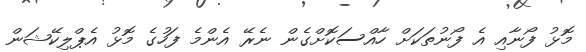
މޮޅު ފޯނާއި އެ ފޯނުތަކަށް ހާއްސަކޮށްގެން ނެރޭ އެންމެ ފަހުގެ މޮޅު އެޕްލިކޭޝަން